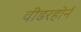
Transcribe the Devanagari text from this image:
वीडरहोर्न